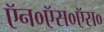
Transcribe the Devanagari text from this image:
ऍन०ऍस०ऍस०